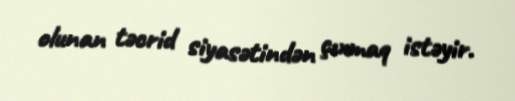
olunan təcrid siyasətindən çıxmaq istəyir.